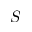
S